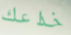
خداعك